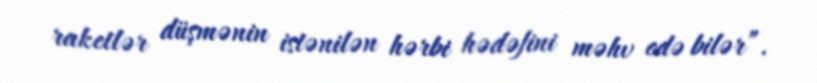
raketlər düşmənin istənilən hərbi hədəfini məhv edə bilər”.